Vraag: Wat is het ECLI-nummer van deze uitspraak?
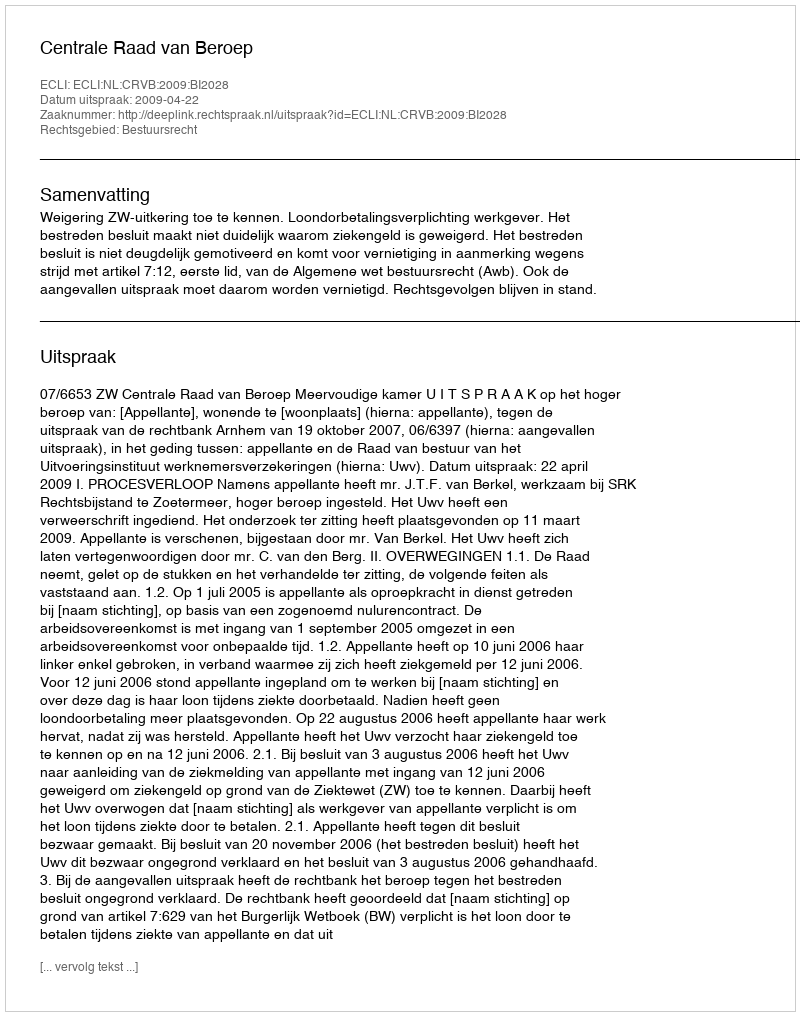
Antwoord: ECLI:NL:CRVB:2009:BI2028